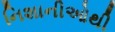
નિશાનીઓથી